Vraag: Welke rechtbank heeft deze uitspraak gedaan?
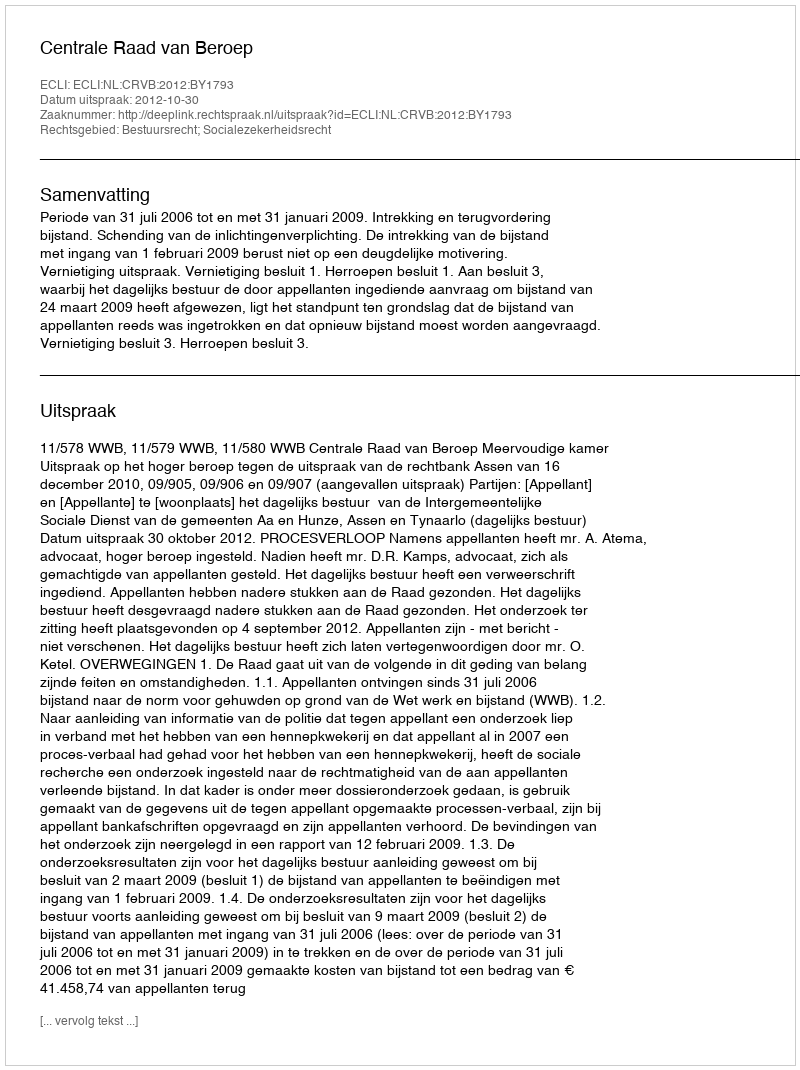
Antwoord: Centrale Raad van Beroep